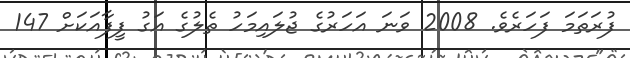
ފުރަތަމަ ފަހަރެވެ. 2008 ވަނަ އަހަރުގެ ޖުލައިމަހު ތެލުގެ އަގު ފީފާއަކަށް 147